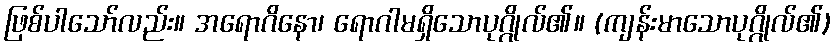
ဖြစ်ပါသော်လည်း။ အရောဂိနော၊ ရောဂါမရှိသောပုဂ္ဂိုလ်၏။ (ကျန်းမာသောပုဂ္ဂိုလ်၏)